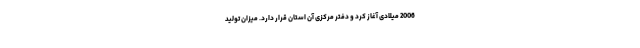
2006 میلادی آغاز کرد و دفتر مرکزی آن استان قرار دارد. میزان تولید